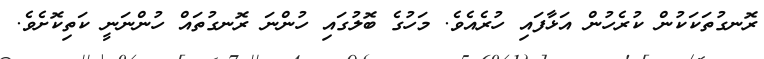
ރޮނގުތަކަކުން ކުރެހުން އަޅާފައި ހުރެއެވެ. މަހުގެ ބޮލުގައި ހުންނަ ރޮނގުތައް ހުންނަނީ ކަތިކޮށެވެ.